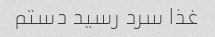
غذا سرد رسید دستم